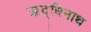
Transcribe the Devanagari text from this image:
ऋद्धिनाथ